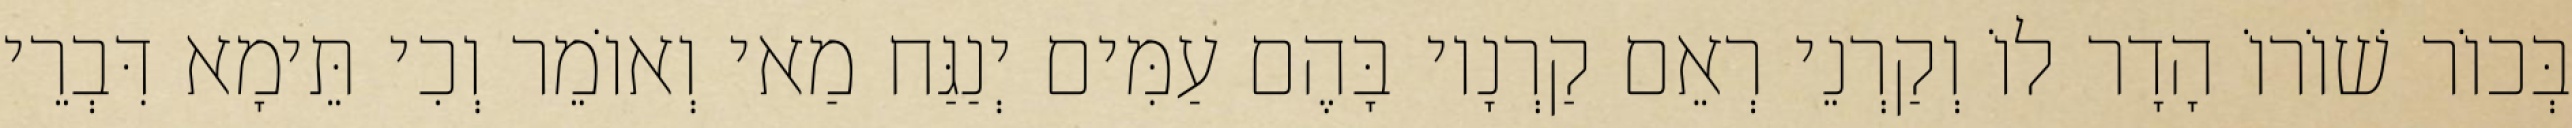
בְּכוֹר שׁוֹרוֹ הָדָר לוֹ וְקַרְנֵי רְאֵם קַרְנָיו בָּהֶם עַמִּים יְנַגַּח מַאי וְאוֹמֵר וְכִי תֵּימָא דִּבְרֵי